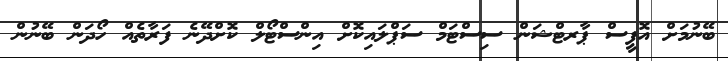
ބޭނުމަށް އޮފީސް ޕާރޓްޝަން ސިސްޓަމް ސަޕްލައިކޮށް އިންސްޓޯލް ކޮށްދޭނެ ފަރާތެއް ހޯދަން ބޭނުން